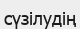
сүзілудің